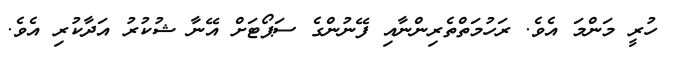
ހުރީ މަންމަ އެވެ. ރަހުމަތްތެރިންނާއި ފޭނުންގެ ސަޕޯޓަށް އޭނާ ޝުކުރު އަދާކުރި އެވެ.